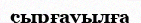
сырғауылға